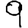
Digit: 9